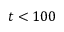
t < 1 0 0